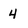
Character: 4